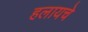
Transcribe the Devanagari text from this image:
हलायचे